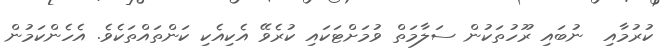
ކުރުމާއި  ނުބައި ރޫހުތަކުން ސަލާމަތް ވުމަށްޓަކައި ކުރެވޭ އެކިއެކި ކަންތައްތަކެވެ. އެހެންކަމުން